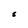
Character: S